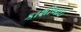
કાશીબાઈ